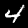
Digit: 4